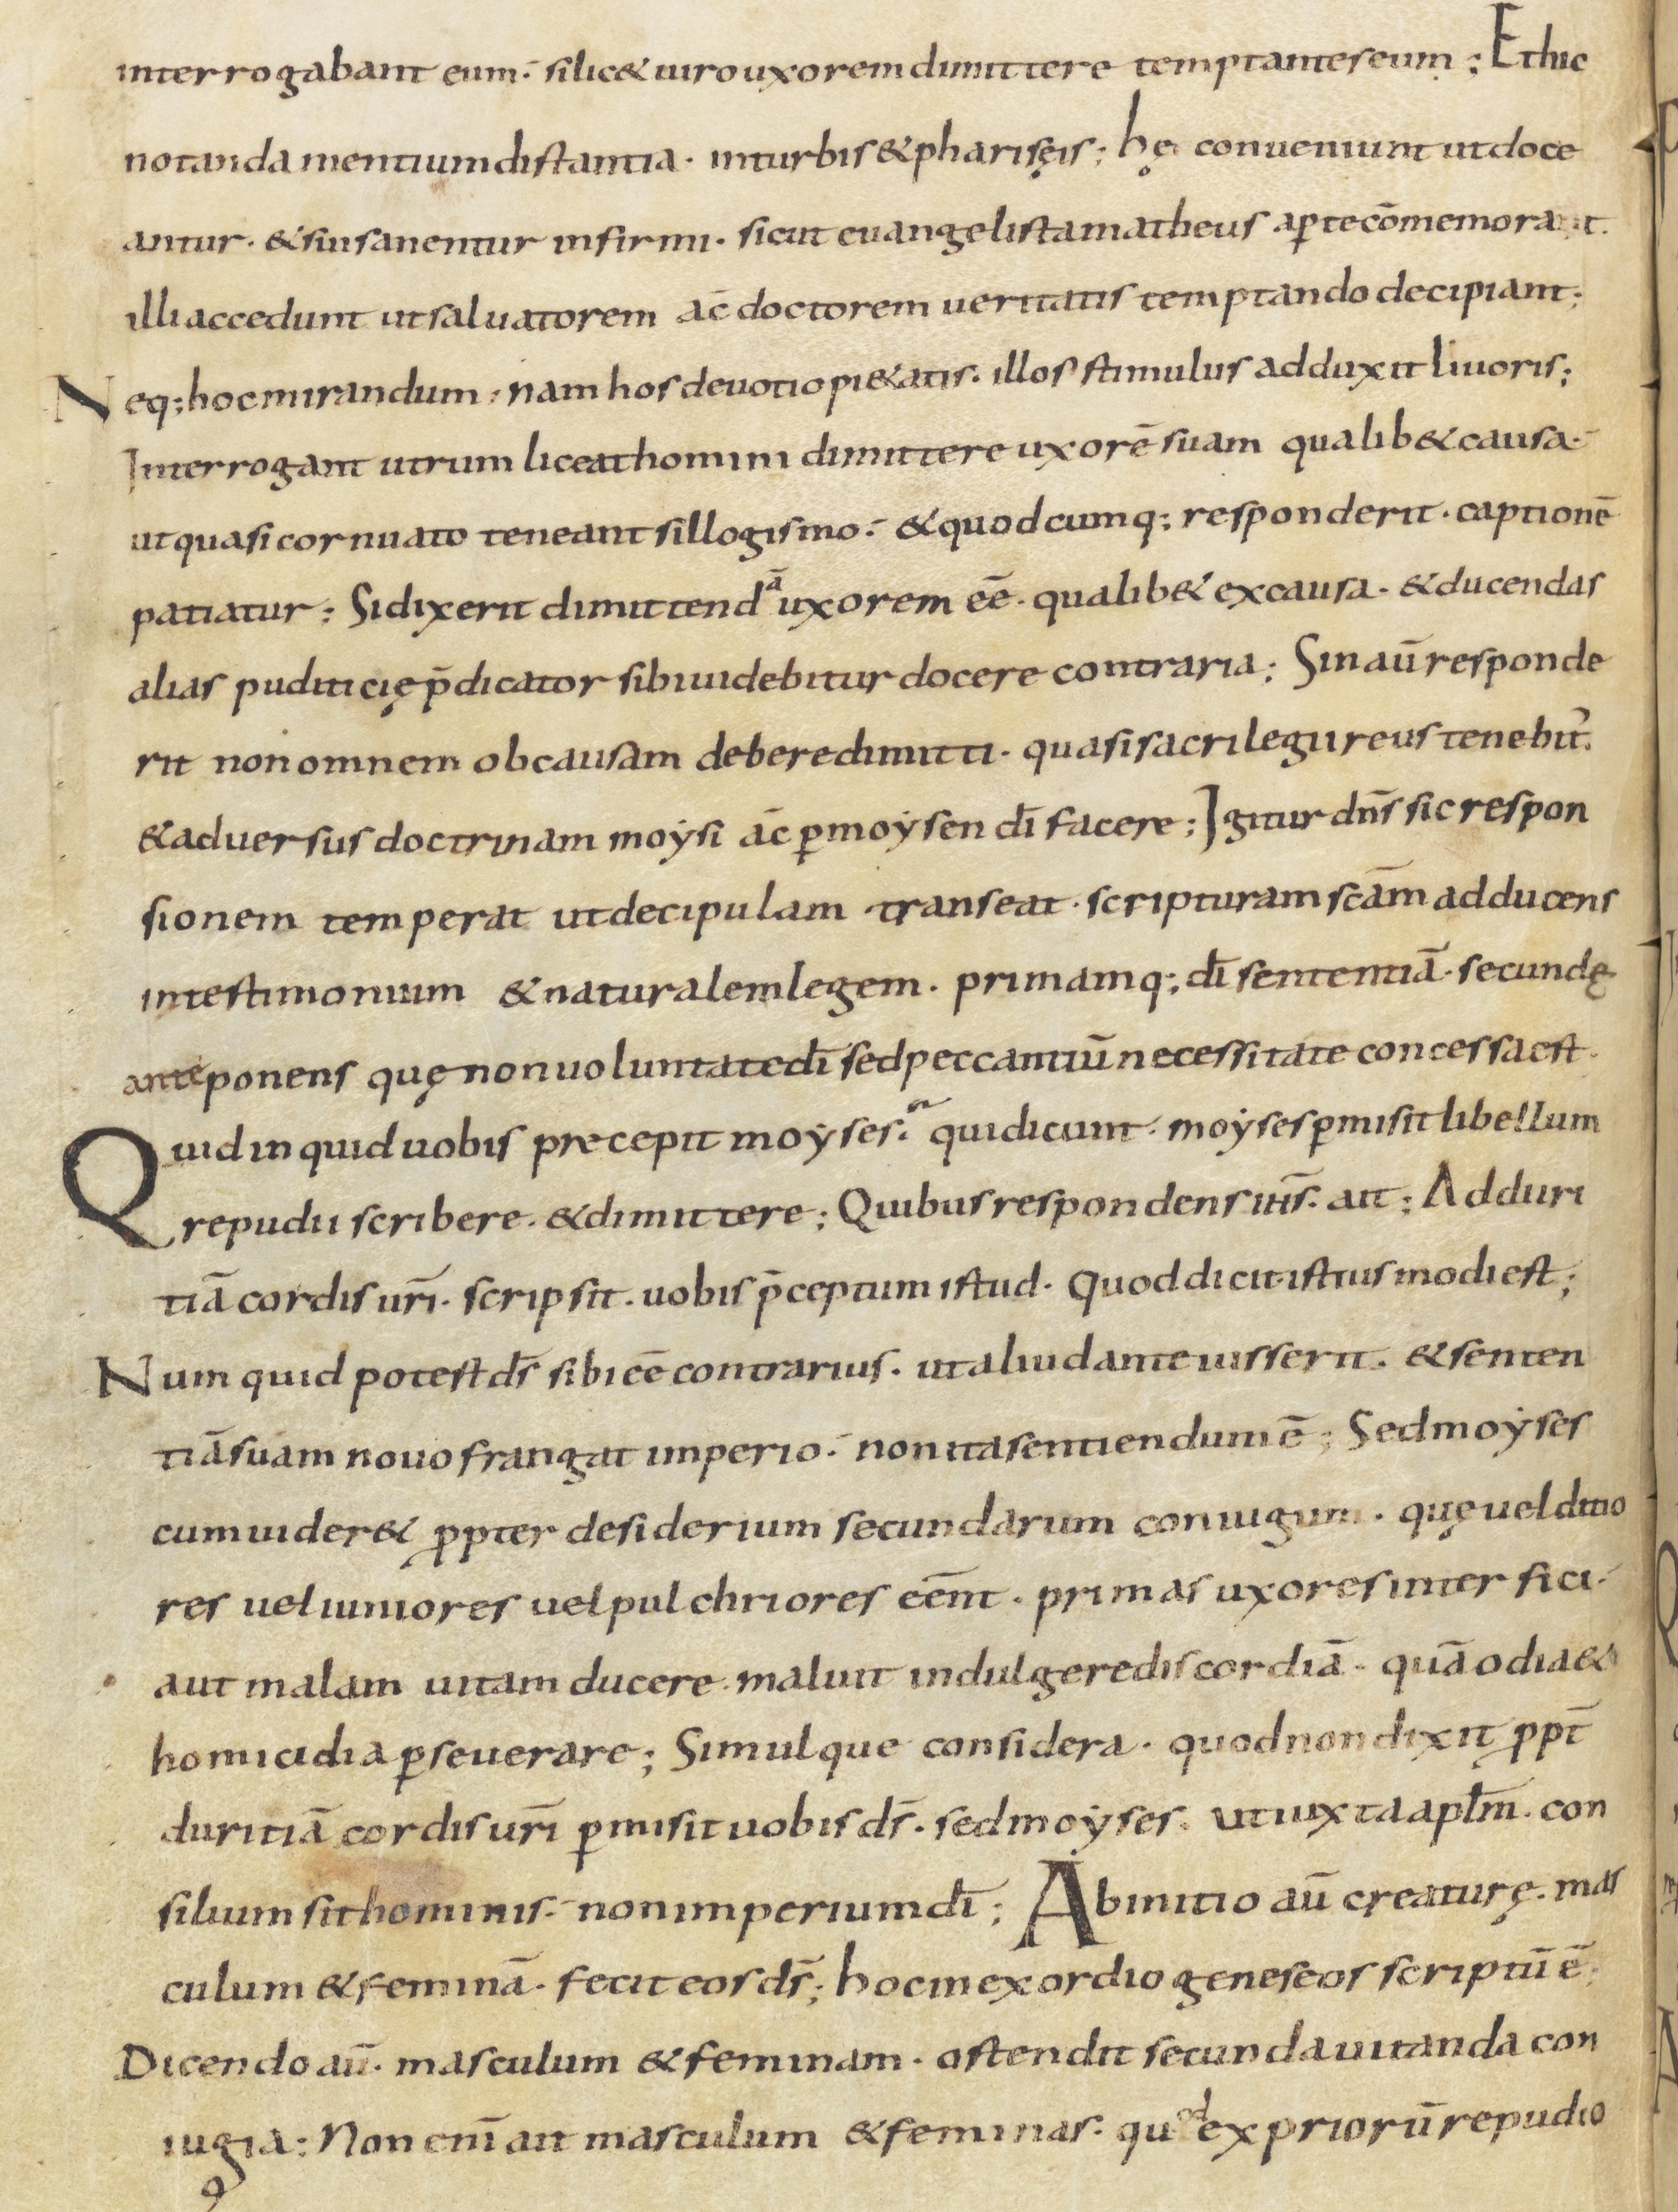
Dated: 800–899